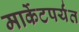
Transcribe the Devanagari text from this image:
मार्केटपर्यंत